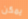
يمكن